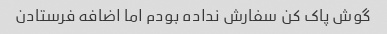
گوش پاک کن سفارش نداده بودم اما اضافه فرستادن